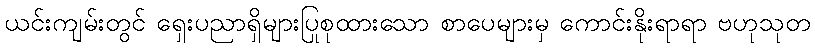
ယင်းကျမ်းတွင် ရှေးပညာရှိများပြုစုထားသော စာပေများမှ ကောင်းနိုးရာရာ ဗဟုသုတ